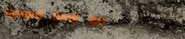
speed limit 60